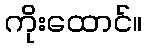
ကိုးထောင်။